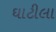
ઘાટીલા